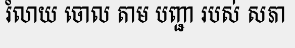
រំលាយ ចោល តាម បញ្ជា របស់ សភា